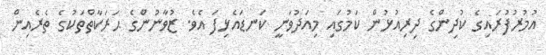
އުމުރުފުރައިގެ ކުދިންގެ ދިރިއުޅުން ކަމުގައި މިއަދުވަނީ ކަނޑައެޅިފަ އެވެ. ޒުވާނުންގެ ޙަރަކާތްތަކުގެ ތެރެއިން